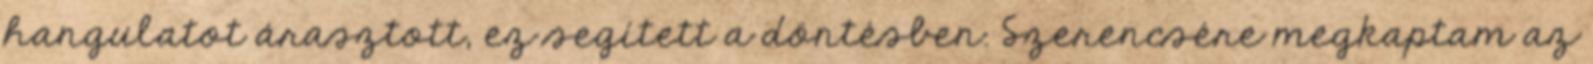
hangulatot árasztott, ez segített a döntésben. Szerencsére megkaptam az